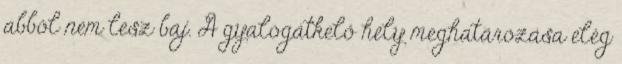
abból nem lesz baj. A gyalogátkelő hely meghatározása elég